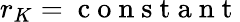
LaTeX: r_{K}=\mathrm{~c~o~n~s~t~a~n~t~}